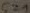
Text: C21